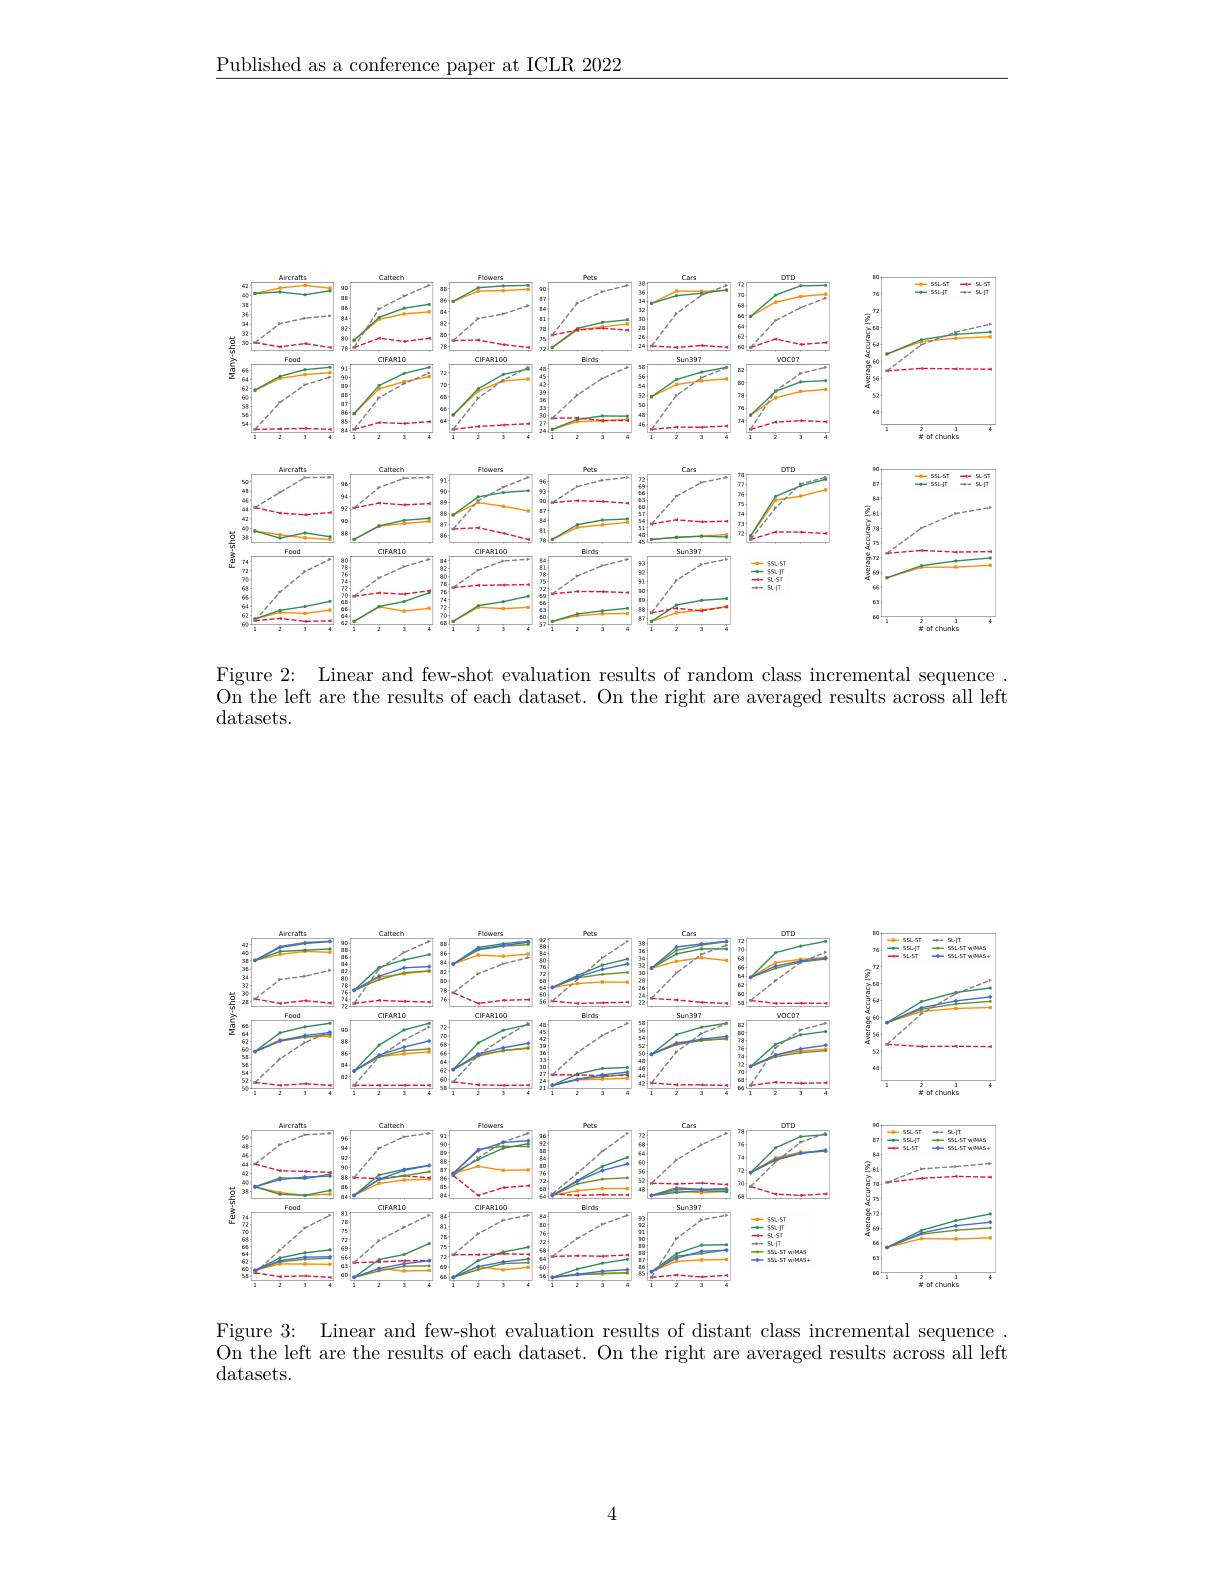
$\underline{\text{Published as a conference paper at ICLR 2022}}$

<FigureHere>

Figure 2: Linear and few-shot evaluation results of random class incremental sequence On the left are the results of each dataset. On the right are averaged results across all left datasets.

<FigureHere>

Figure 3: Linear and few-shot evaluation results of distant class incremental sequence On the left are the results of each dataset. On the right are averaged results across all left $\operatorname{datasets.}$